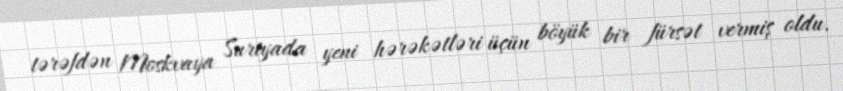
tərəfdən Moskvaya Suriyada yeni hərəkətləri üçün böyük bir fürsət vermiş oldu.